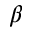
\beta